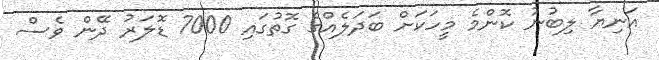
އަނިޔާ ލިބުނު ކޮންމެ މީހަކަށް ބަދަލެއްގެ ގޮތުގައި 7000 ޑޮލަރު ދޭން ވެސް